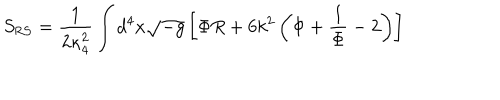
S _ { \mathrm { R S } } = { \frac { 1 } { 2 \kappa _ { 4 } ^ { 2 } } } \int d ^ { 4 } x \sqrt { - g } \left[ \Phi R + 6 k ^ { 2 } \left( \Phi + { \frac { 1 } { \Phi } } - 2 \right) \right]